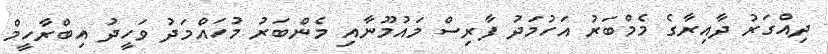
ދިއްގަރު ދާއިރާގެ މެމްބަރު އަހުމަދު ފާރިސް މައުމޫނާއި މެންބަރު މުހައްމަދު ވަހީދު އިބްރާހީމް